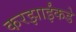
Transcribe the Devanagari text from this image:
करझाईंकडे